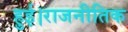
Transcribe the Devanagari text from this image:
हुई।राजनीतिक